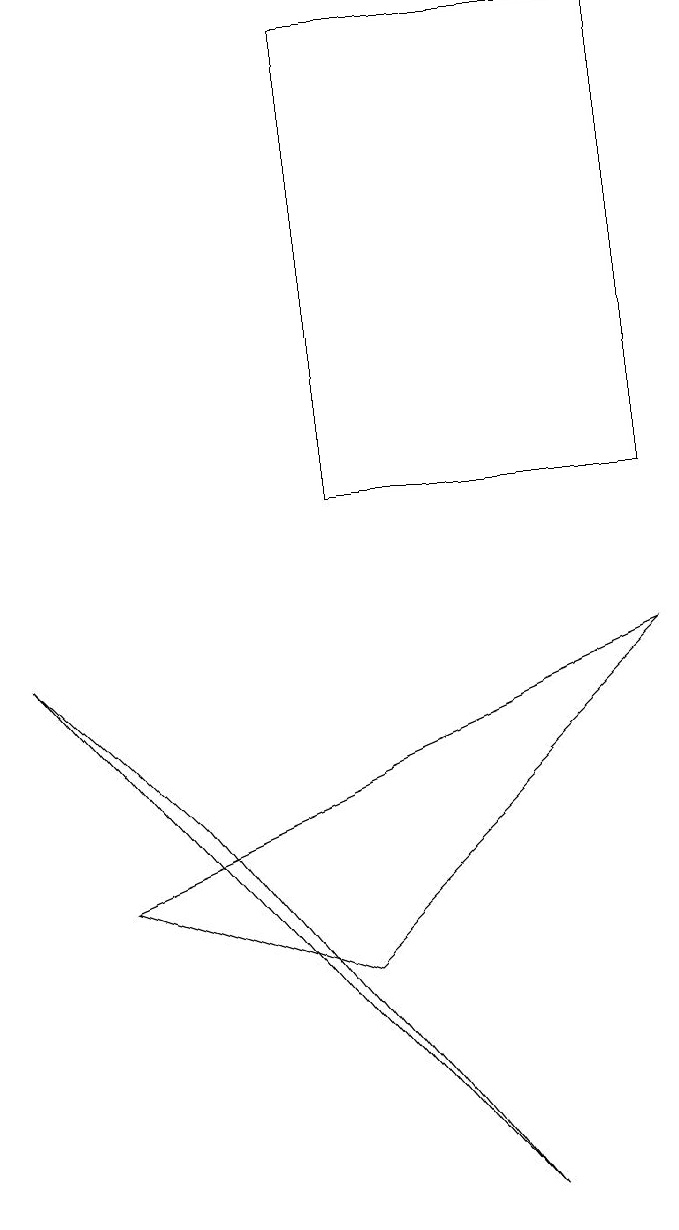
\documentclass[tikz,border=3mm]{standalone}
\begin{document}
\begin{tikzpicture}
\draw (8,10) rectangle (4,16);
\draw (6,1) -- (0,8) -- (2,6) -- cycle;
\draw (8,8) -- (4,4) -- (1,5) -- cycle;
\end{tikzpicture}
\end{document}